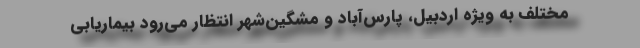
مختلف به ویژه اردبیل، پارس‌آباد و مشگین‌شهر انتظار می‌رود بیماریابی